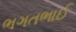
ભગતભાઈ